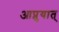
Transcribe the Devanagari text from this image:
आप्नुयात्